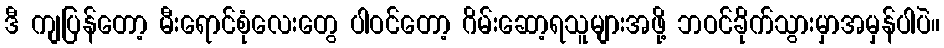
ဒီ ကျပြန်တော့ မီးရောင်စုံလေးတွေ ပါဝင်တော့ ဂိမ်းဆော့ရသူများအဖို့ ဘဝင်ခိုက်သွားမှာအမှန်ပါပဲ။